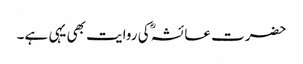
حضرت عائشہؓ کی روایت بھی یہی ہے۔